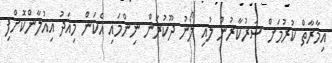
އިމާރާތް ކުރުމަށް ސަރުކާރުން ލުއި ލޯނު ދޫކުރަން ނިންމައި އެކަން މިއަދު އިއުލާންކޮށްފި